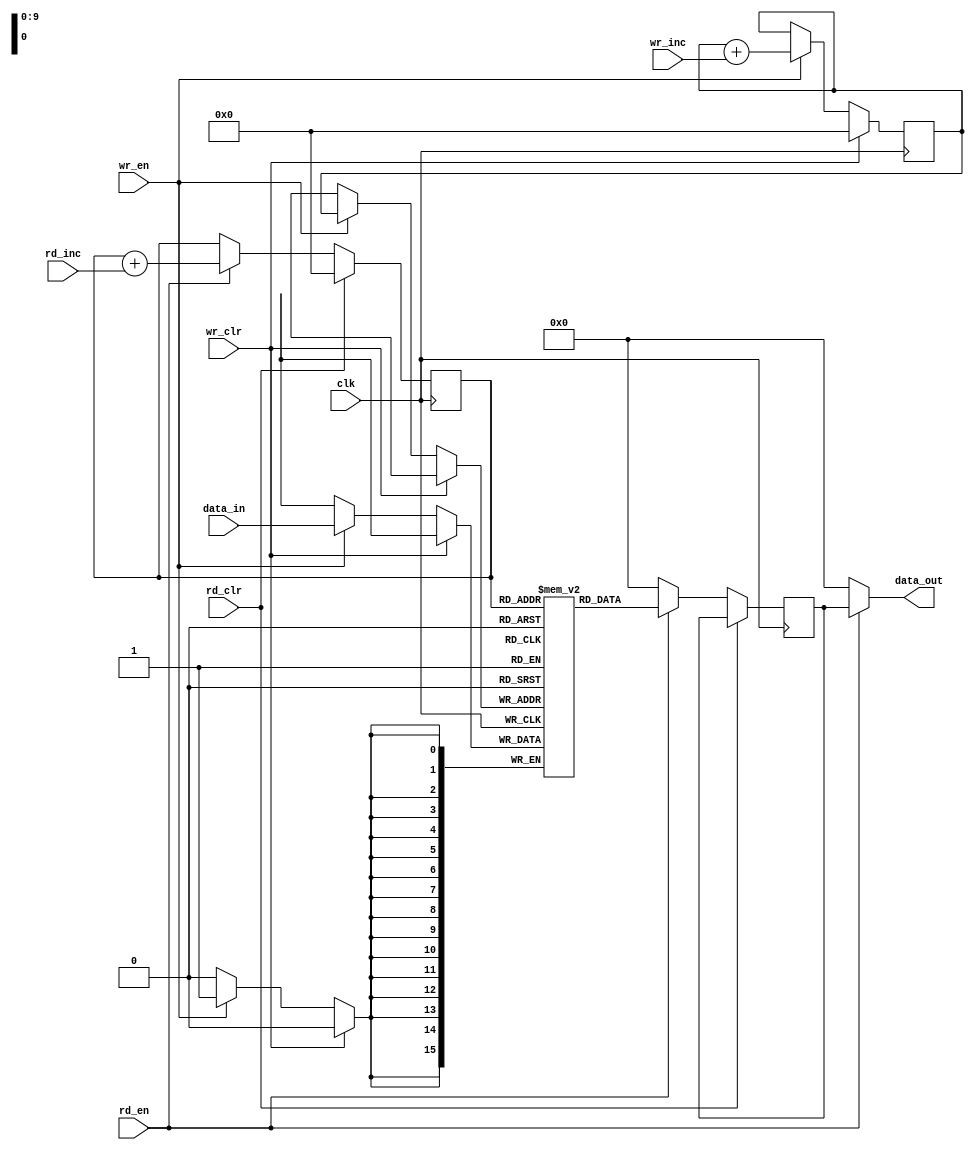
module CHANNEL_MEM #( parameter DATA_WIDTH = 16, MEM_SIZE = 1024, ADD_WIDTH = 10) (
		clk
	 ,wr_en
	 ,rd_en
	 ,rd_inc
	 ,wr_inc
	 ,wr_clr
	 ,rd_clr
	 ,data_in
	 ,data_out
	 );
   input clk; 
   input wr_en;
   input rd_en;
   input rd_inc; 
   input wr_inc;
   input wr_clr;
   input rd_clr;
   
   input  [DATA_WIDTH-1:0] data_in;
   output [DATA_WIDTH-1:0] data_out;

	 reg [DATA_WIDTH-1:0] ram_array [0:MEM_SIZE-1];
	 reg [ADD_WIDTH-1:0] wr_ptr;
	 reg [ADD_WIDTH-1:0] rd_ptr;
	 reg [DATA_WIDTH-1:0] data_read_mem;

	 always @(posedge clk) begin
	 		if(wr_clr) begin
				wr_ptr <= 0;
			end
			else if(wr_en) begin
				ram_array[wr_ptr] <= data_in;
				wr_ptr <= wr_ptr + wr_inc;
			end
		end
		always @(posedge clk) begin
			if(rd_clr) begin
				rd_ptr <= 0;
			end
			else if(rd_en) begin
				data_read_mem <= ram_array[rd_ptr];
				rd_ptr <= rd_ptr + rd_inc;
			end
			else begin
				data_read_mem <= 0;
			end
		end

		assign data_out = (rd_en) ? data_read_mem : 0;
endmodule